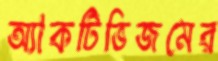
অ্যাকটিভিজমের